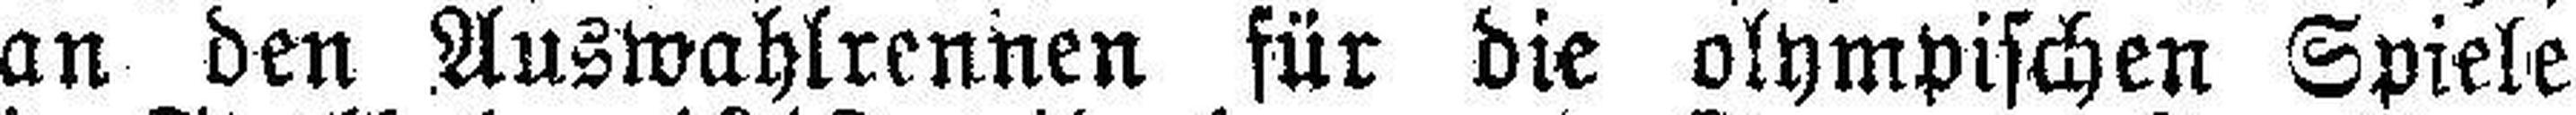
an den Auswahlrennen für die olympischen Spiele